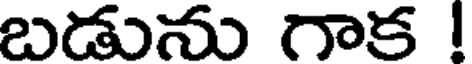
బడును గాక !